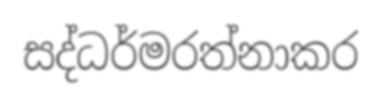
සද්ධර්මරත්නාකර